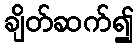
ချိတ်ဆက်၍